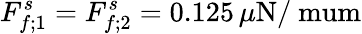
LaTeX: F_{f;1}^{s}=F_{f;2}^{s}=0.125\, \mu\mathrm{N/\ mum}